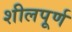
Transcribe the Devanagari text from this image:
शीलपूर्ण